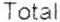
TOTAL